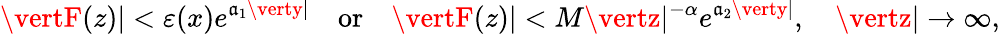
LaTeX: \vertF(z)\vert<\varepsilon(x)e^{\mathfrak{a}_{1}\verty\vert}\quad\textrm{{or}}\quad\vertF(z)\vert<M\vertz\vert^{-\alpha}e^{\mathfrak{a}_{2}\verty\vert},\quad\vertz\vert\to\infty,